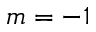
m = - 1